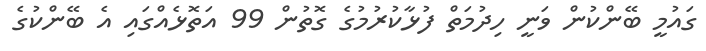
ގައުމީ ބޭންކުން ވަނީ ހިދުމަތް ފުޅާކުރުމުގެ ގޮތުން 99 އަތޮޅެއްގައި އެ ބޭންކުގެ